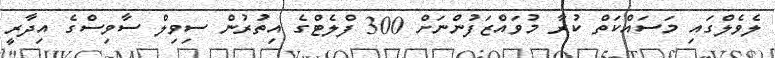
ލެވެލްގައި މަސައްކަތް ކުރާ މުވައްޒަފުންނަށް 300 ފްލެޓްގެ އިތުރުން ސިވިލް ސާވިސްގެ އިދާރީ